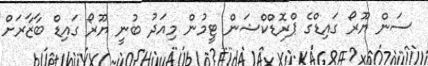
ސަން ޔޫރޯ ގައިޑްގެ ޕްރޮޑްކްޝަން ޓީމުން މިއަދު ބުނީ ޔޫރޯ ގައިޑް ބާޒާރަށް